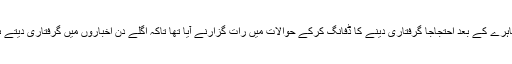
وہ باؤ ایک وکیل تھا جو ایک جلوس نما مظاہرے کے بعد احتجاجا گرفتاری دینے کا ڈفانگ کرکے حوالات میں رات گزارنے آیا تھا تاکہ اگلے دن اخباروں میں گرفتاری دیتے ہوئے اس کی دو کالمی تصویر چھپ سکے۔